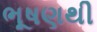
ભૂષણથી